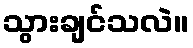
သွားချင်သလဲ။